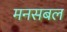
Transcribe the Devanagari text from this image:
मनसबल